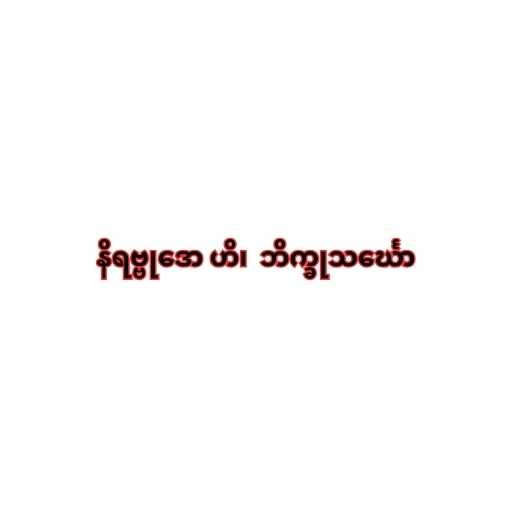
နိရဗ္ဗုဒော ဟိ၊  ဘိက္ခုသင်္ဃော